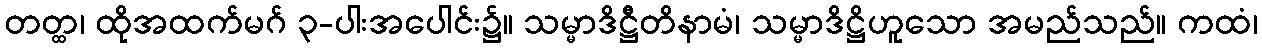
တတ္ထ၊ ထိုအထက်မဂ် ၃-ပါးအပေါင်း၌။ သမ္မာဒိဋ္ဌီတိနာမံ၊ သမ္မာဒိဋ္ဌိဟူသော အမည်သည်။ ကထံ၊